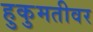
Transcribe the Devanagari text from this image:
हुकुमतीवर